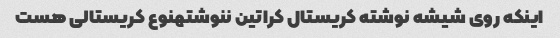
اینکه روی شیشه نوشته کریستال کراتین ننوشتهنوع کریستالی هست